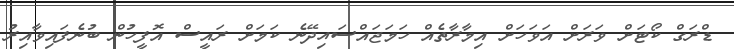
ޑްރަގް ކޯޓަށް ވަރަށް އަވަހަށް އިމާރާތެއް ހަމަޖައްސައިދޭނެ ކަމަށް ރައީސް އޮފީހުން ބުނެފައިވާއިރު